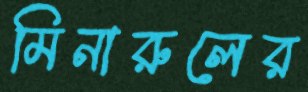
মিনারুলের